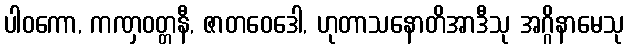
ပါဝကော, ကဏှဝတ္တနီ, ဇာတဝေဒေါ, ဟုတာသနောတိအာဒီသု အဂ္ဂိနာမေသု